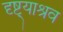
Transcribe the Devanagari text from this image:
दृष्ट्याश्रव